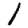
Digit: 1